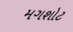
મગશોટ